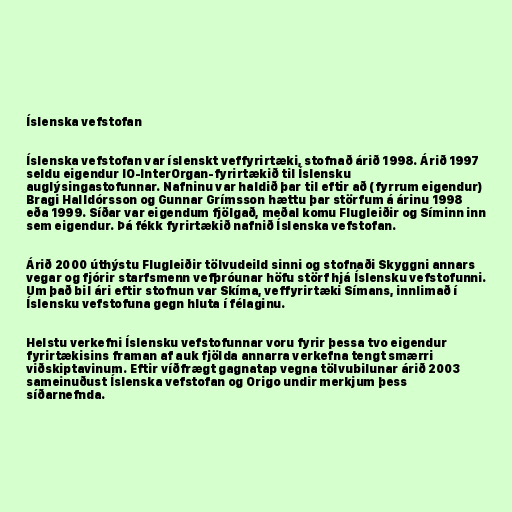
Íslenska vefstofan

Íslenska vefstofan var íslenskt veffyrirtæki, stofnað árið 1998. Árið 1997
seldu eigendur IO-InterOrgan-fyrirtækið til Íslensku
auglýsingastofunnar. Nafninu var haldið þar til eftir að (fyrrum eigendur)
Bragi Halldórsson og Gunnar Grímsson hættu þar störfum á árinu 1998
eða 1999. Síðar var eigendum fjölgað, meðal komu Flugleiðir og Síminn inn
sem eigendur. Þá fékk fyrirtækið nafnið Íslenska vefstofan.

Árið 2000 úthýstu Flugleiðir tölvudeild sinni og stofnaði Skyggni annars
vegar og fjórir starfsmenn vefþróunar höfu störf hjá Íslensku vefstofunni.
Um það bil ári eftir stofnun var Skíma, veffyrirtæki Símans, innlimað í
Íslensku vefstofuna gegn hluta í félaginu.

Helstu verkefni Íslensku vefstofunnar voru fyrir þessa tvo eigendur
fyrirtækisins framan af auk fjölda annarra verkefna tengt smærri
viðskiptavinum. Eftir víðfrægt gagnatap vegna tölvubilunar árið 2003
sameinuðust Íslenska vefstofan og Origo undir merkjum þess
síðarnefnda.